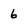
Character: 6